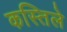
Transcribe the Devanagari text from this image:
कस्तिले